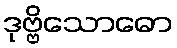
ဒုဗ္ဗိသောဓော